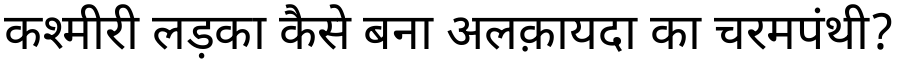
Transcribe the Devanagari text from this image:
कश्मीरी लड़का कैसे बना अलक़ायदा का चरमपंथी?